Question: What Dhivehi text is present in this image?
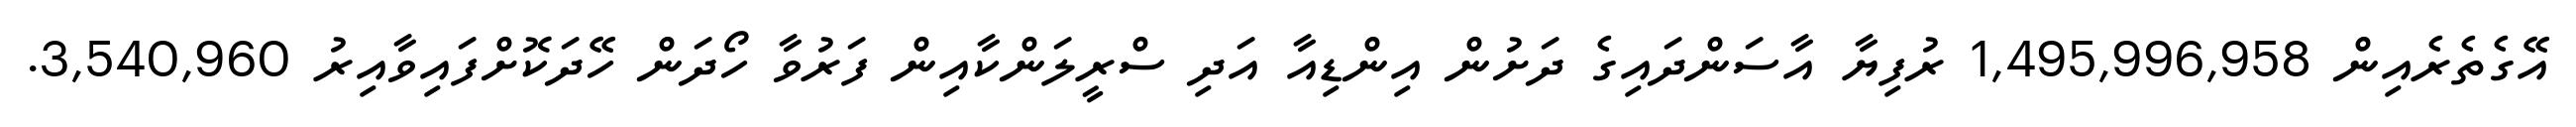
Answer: އޭގެތެރެއިން 1,495,996,958 ރުފިޔާ އާސަންދައިގެ ދަށުން އިންޑިއާ އަދި ސްރީލަންކާއިން ފަރުވާ ހޯދަން ހޭދަކޮށްފައިވާއިރު 3,540,960.